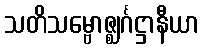
သတိသမ္ဗောဇ္ဈင်္ဂဋ္ဌာနီယာ